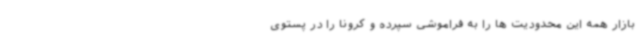
بازار همه این محدودیت ها را به فراموشی سپرده و کرونا را در پستوی